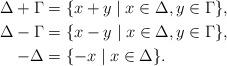
LaTeX: \begin{align*}\Delta + \Gamma &= \{ x + y \mid x \in \Delta, y \in \Gamma \},\\\Delta - \Gamma &= \{ x - y \mid x \in \Delta, y \in \Gamma \},\\- \Delta &= \{ -x \mid x \in \Delta \}.\end{align*}